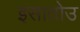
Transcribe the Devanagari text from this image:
इसातोउ